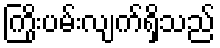
ကြိုးပမ်းလျက်ရှိသည်